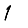
Digit: 1